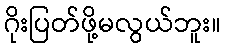
ဂိုးပြတ်ဖို့မလွယ်ဘူး။